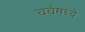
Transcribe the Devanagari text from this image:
चर्चमध्‍ये